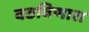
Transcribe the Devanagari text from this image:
वठविणारा